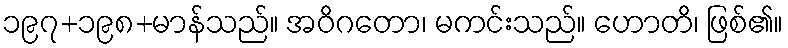
၁၉၇+၁၉၈+မာန်သည်။ အဝိဂတော၊ မကင်းသည်။ ဟောတိ၊ ဖြစ်၏။